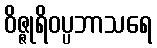
ဝိဇ္ဇုရိဝပ္ပဘာသရေ